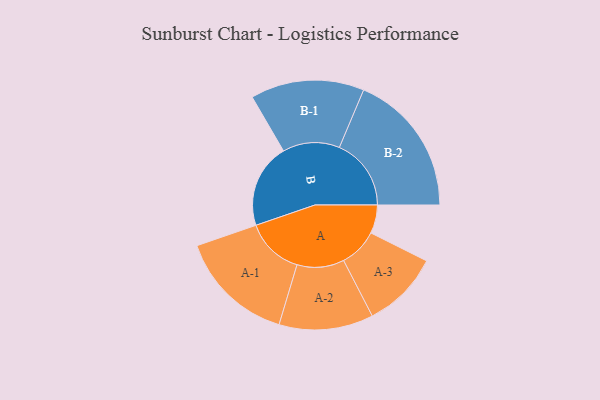
{"axis": {"x": "Segment", "y": "Value"}, "legend": ["", "A", "B"], "data": [{"x": "A", "y": 114, "type": ""}, {"x": "B", "y": 338, "type": ""}, {"x": "A-1", "y": 233, "type": "A"}, {"x": "A-2", "y": 189, "type": "A"}, {"x": "A-3", "y": 155, "type": "A"}, {"x": "B-1", "y": 228, "type": "B"}, {"x": "B-2", "y": 288, "type": "B"}]}